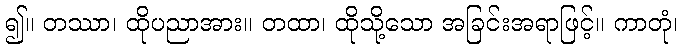
၍။ တဿာ၊ ထိုပညာအား။ တထာ၊ ထိုသို့သော အခြင်းအရာဖြင့်။ ကာတုံ၊